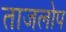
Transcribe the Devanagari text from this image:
ताजलोप